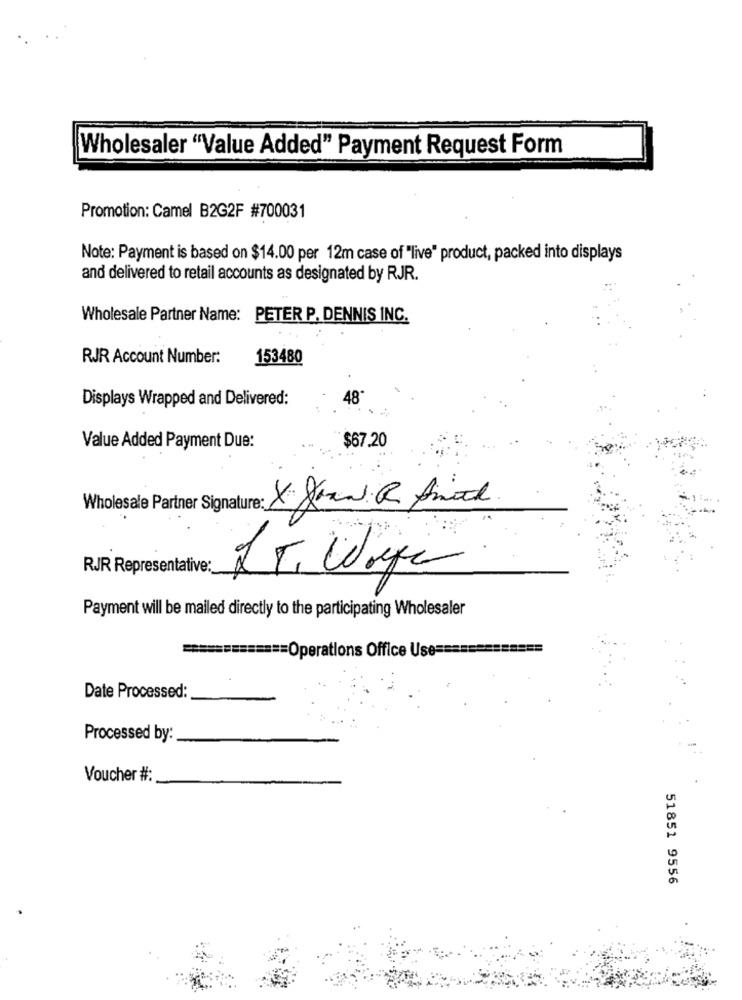
Wholesaler "Value Added" Payment Request Form
Promotion: Camel B2G2F #700031
Note: Payment is based on $14.00 per 12m case of "live" product, packed into displays
and delivered to retail accounts as designated by RJR.
Wholesale Partner Name: PETER P. DENNIS INC.
RJR Account Number:
153480
Displays Wrapped and Delivered:
48*
Value Added Payment Due:
$67.20
Wholesale Partner Signature: X Janni R Aimed
RJR Representative:
Payment will be mailed directly to the participating Wholesaler
============ Operations Office Use =====
Date Processed:
Processed by:
Voucher #:
51851 9556